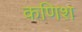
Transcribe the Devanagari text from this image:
कणिश